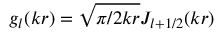
g _ { l } ( k r ) = \sqrt { \pi / 2 k r } J _ { l + 1 / 2 } ( k r )